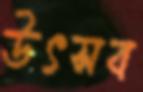
উৎসব